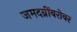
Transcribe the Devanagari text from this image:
जमदग्नींबरोबर